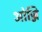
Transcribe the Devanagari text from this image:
ओज्जि